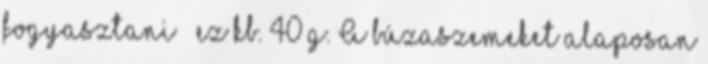
fogyasztani – ez kb. 40 g. A búzaszemeket alaposan